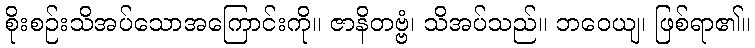
စိုးစဉ်းသိအပ်သောအကြောင်းကို။ ဇာနိတဗ္ဗံ၊ သိအပ်သည်။ ဘဝေယျ၊ ဖြစ်ရာ၏။